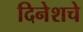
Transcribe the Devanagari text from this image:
दिनेशचे